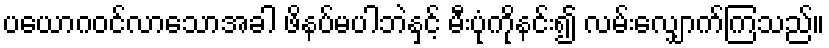
ပယောဂဝင်လာသောအခါ ဖိနပ်မပါဘဲနှင့် မီးပုံကိုနင်း၍ လမ်းလျှောက်ကြသည်။